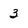
Character: 3